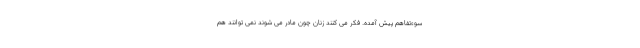
سوءتفاهم پیش آمده. فکر می کنند زنان چون مادر می شوند نمی توانند هم